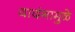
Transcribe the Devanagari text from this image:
वादंगामुळे